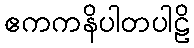
ဧကကနိပါတပါဠိ